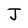
Character: J